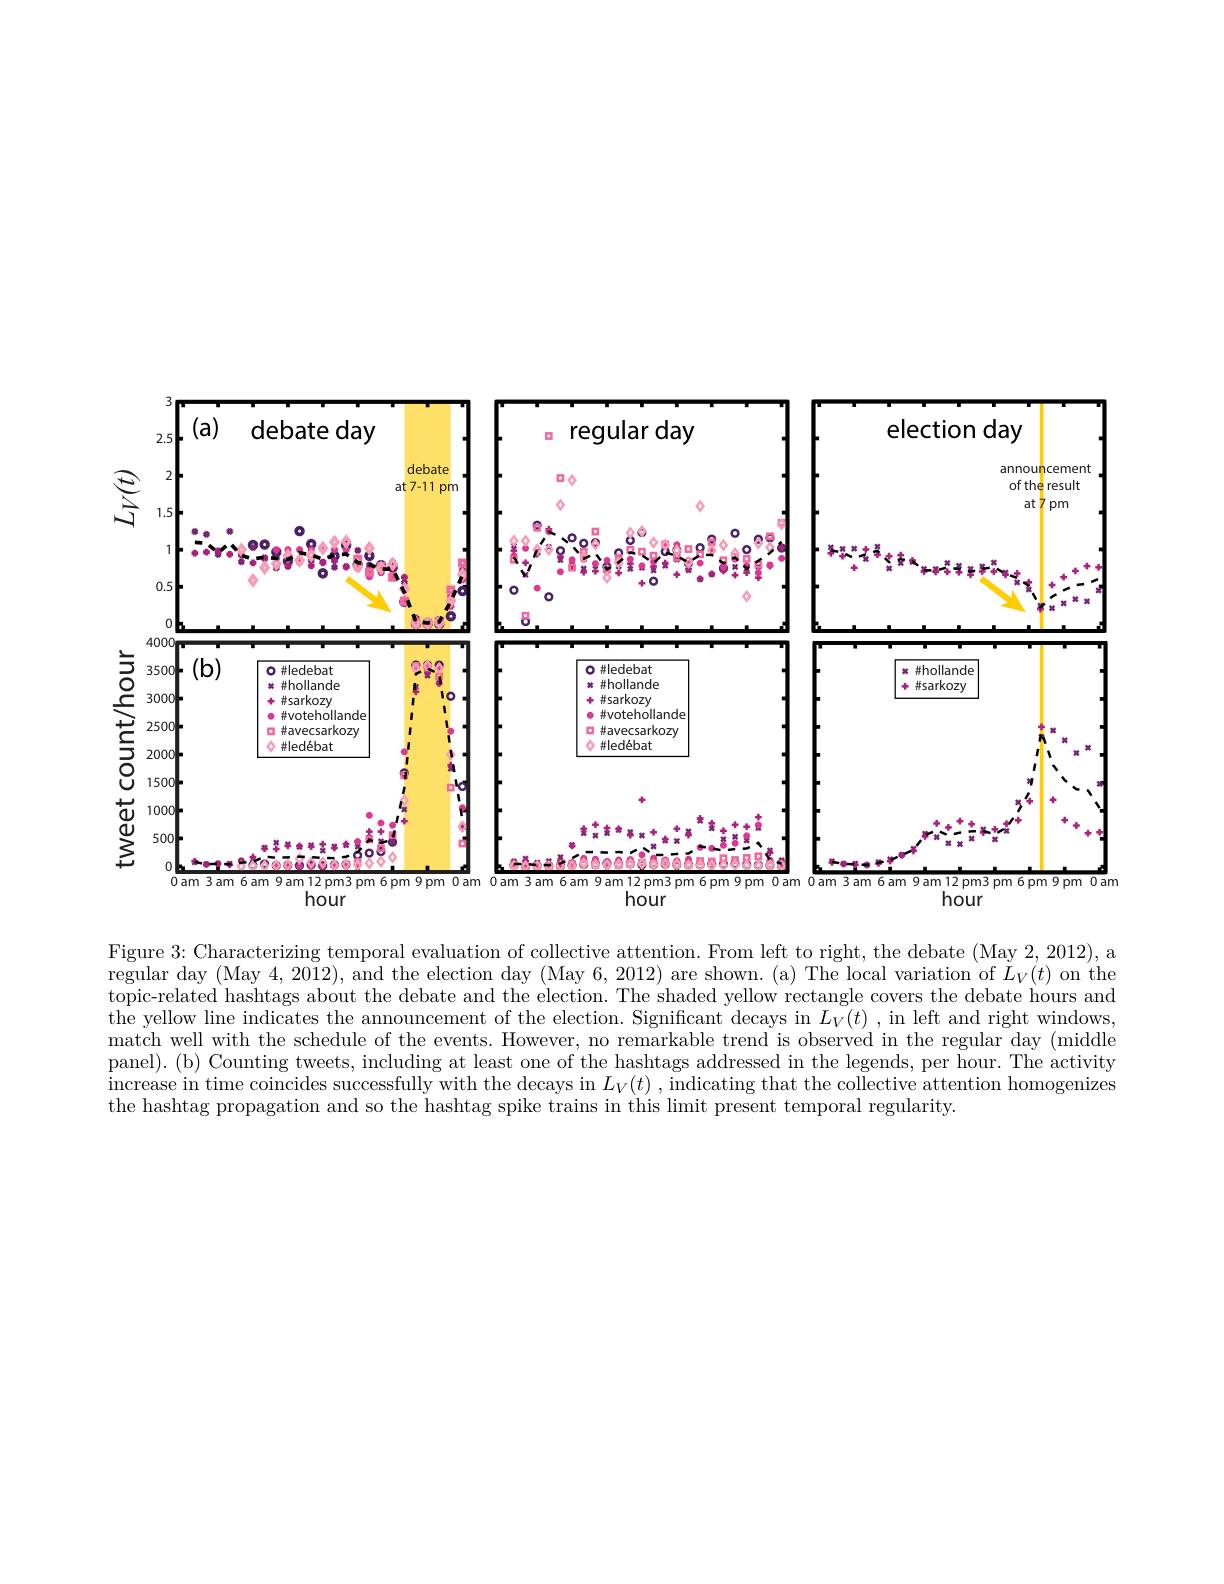
<FigureHere>
hour
hour
hour

Figure 3: Characterizing temporal evaluation of collective attention. From left to right, the debate (May 2, 2012), a regular day (May 4,2012), and the election day (May 6, 2012) are shown.(a) The local variation of $L_V(t)$ on the topic-related hashtags about the debate and the election. The shaded yellow rectangle covers the debate hours and the yellow line indicates the announcement of the election. Significant decays in $L_V(t)$ ,in left and right windows, match well with the schedule of the events. However, no remarkable trend is observed in the regular day (middle panel). (b) Counting tweets, including at least one of the hashtags addressed in the legends, per hour. The activity $\begin{aligned}\text{increase in time coincides successfully with the decays in }L_V(t),\text{indicating that the collective attention homogenizes}\end{aligned}$ the hashtag propagation and so the hashtag spike trains in this limit present temporal regularity.